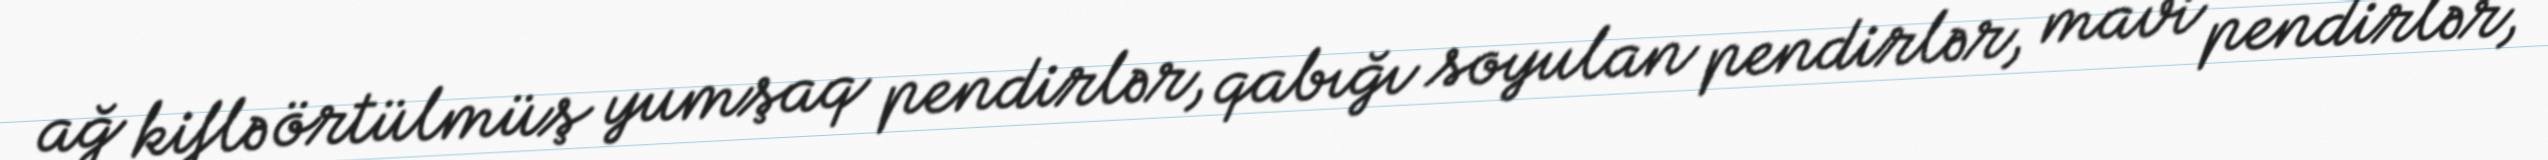
ağ kiflə örtülmüş yumşaq pendirlər, qabığı soyulan pendirlər, mavi pendirlər,